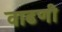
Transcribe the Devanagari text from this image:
वाढणी